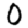
Digit: 0